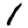
Digit: 1